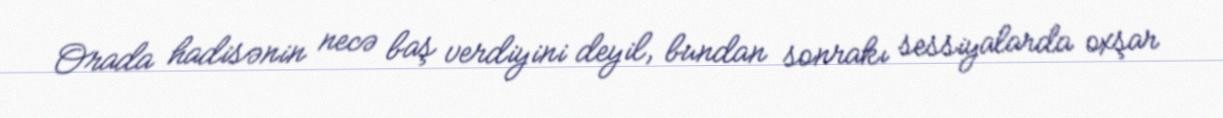
Orada hadisənin necə baş verdiyini deyil, bundan sonrakı sessiyalarda oxşar